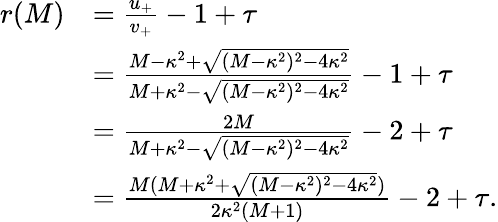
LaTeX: \begin{array}{rl}{r(M)}&{=\frac{u_{+}}{v_{+}}-1+\tau}\\ &{=\frac{M-\kappa^{2}+\sqrt{(M-\kappa^{2})^{2}-4\kappa^{2}}}{M+\kappa^{2}-\sqrt{(M-\kappa^{2})^{2}-4\kappa^{2}}}-1+\tau}\\ &{=\frac{2M}{M+\kappa^{2}-\sqrt{(M-\kappa^{2})^{2}-4\kappa^{2}}}-2+\tau}\\ &{=\frac{M(M+\kappa^{2}+\sqrt{(M-\kappa^{2})^{2}-4\kappa^{2}})}{2\kappa^{2}(M+1)}-2+\tau.}\end{array}